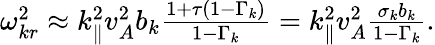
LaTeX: \begin{array}{r}{\omega_{{k}r}^{2}\approx k_{\parallel}^{2}v_{A}^{2}b_{k}\frac{1+\tau\left(1-\Gamma_{k}\right)}{1-\Gamma_{k}}=k_{\parallel}^{2}v_{A}^{2}\frac{\sigma_{k}b_{k}}{1-\Gamma_{k}}.}\end{array}